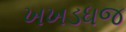
ખખડધજ